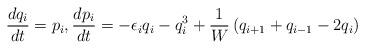
LaTeX: \begin{align*} \frac{dq_i}{dt} = p_i, \frac{dp_i}{dt} = -\epsilon_iq_i - q_i^3 + \frac{1}{W}\left(q_{i+1} + q_{i-1} -2q_i\right) \end{align*}